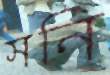
সনি